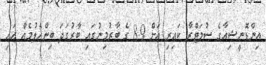
އިންޑޮނީޝިއާގެ ސުމަޓްރާ ކައިރި އަށް 8.9 ގެ ބާރުމިނުގައި ބާރުގަދަ ބިންހެލުމެއް އައި